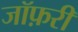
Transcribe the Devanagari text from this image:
जॉफ़री